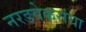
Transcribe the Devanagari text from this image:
नरडवेकरांचा